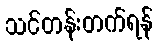
သင်တန်းတက်ရန်